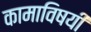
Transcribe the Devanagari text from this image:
कामाविषयी